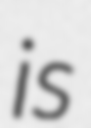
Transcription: is